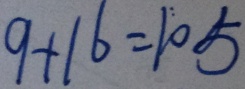
9 + 1 6 = 1 0 5